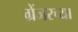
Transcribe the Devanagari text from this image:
ग्रेंजरच्या